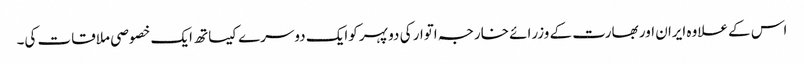
اس کے علاوہ ایران اور بھارت کے وزرائے خارجہ اتوار کی دو پہر کوایک دوسرے کیساتھ ایک خصوصی ملاقات کی۔